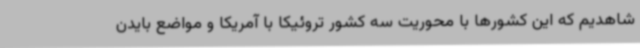
شاهدیم که این کشورها با محوریت سه کشور تروئیکا با آمریکا و مواضع بایدن